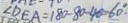
\angle D E A = 1 8 0 - 8 0 - 4 0 = 6 0 ^ { \circ } \cdot